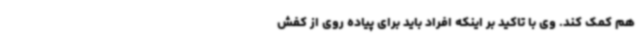
هم کمک کند. وی با تاکید بر اینکه افراد باید برای پیاده روی از کفش